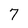
Character: 7